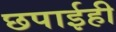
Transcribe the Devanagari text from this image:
छपाईही